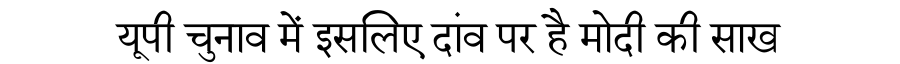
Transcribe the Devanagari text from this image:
यूपी चुनाव में इसलिए दांव पर है मोदी की साख